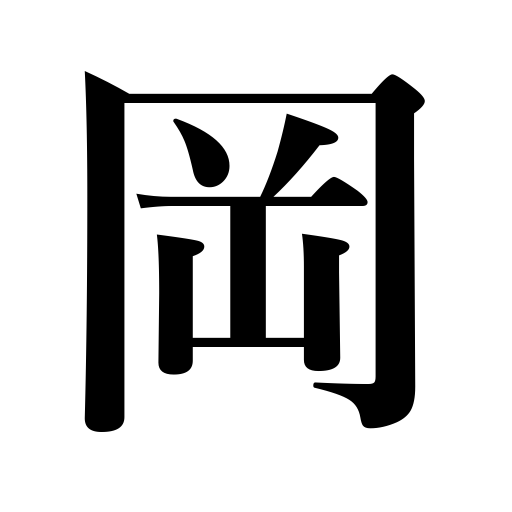
Meanings: knoll,hill,rising ground